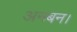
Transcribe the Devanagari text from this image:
अनबन।